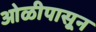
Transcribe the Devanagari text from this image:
ओळीपासून